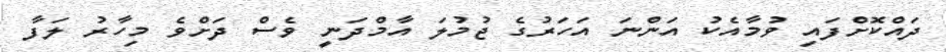
ދައްކޮށްފައި ވުމާއެކު އަންނަ އަހަރުގެ ޖުމުލަ އާމްދަނީ ވެސް ދަށްވެ މިހާރު ލަފާ